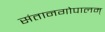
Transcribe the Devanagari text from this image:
संतानगोपालम्